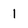
Character: 1